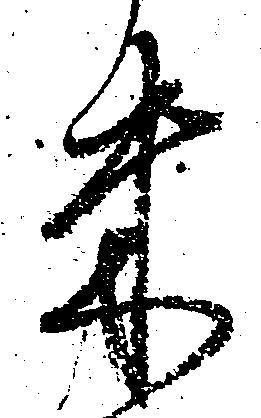
米